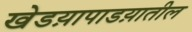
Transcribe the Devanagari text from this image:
खेडय़ापाडय़ातील